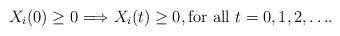
LaTeX: \begin{align*} X_i(0) \geq 0 \Longrightarrow X_i(t) \geq 0, \mbox{for all $t=0,1,2,\ldots$}.\end{align*}